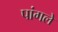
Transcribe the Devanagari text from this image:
पांगले